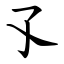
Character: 孓